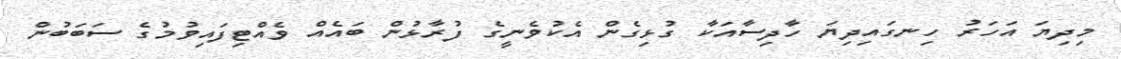
މިދިޔަ އަހަރު ހިނގައިދިޔަ ހާދިސާއަކާ ގުޅިގެން އެކުވެނީގެ ފުރާޅުން ބައެއް ވެއްޓިފައިވުމުގެ ސަބަބުން